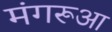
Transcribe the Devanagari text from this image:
मंगरूआ